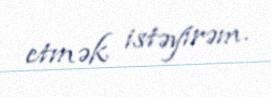
etmək istəyirəm.